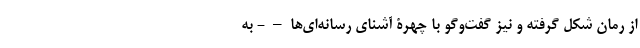
از رُمان شکل گرفته و نیز گفت‌و‌گو با چهرۀ آشنای رسانه‌ای‌ها – - به